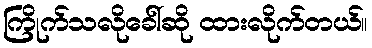
ကြိုက်သလိုခေါ်ဆို ထားလိုက်တယ်။